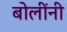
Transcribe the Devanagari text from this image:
बोलींनी